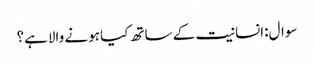
سوال:انسانیت کے ساتھ کیا ہونے والاہے؟